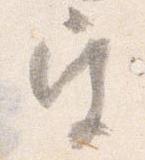
宮